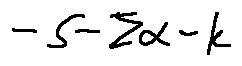
- s - \sum \alpha - k